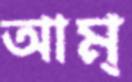
আম্